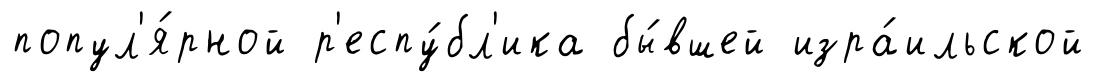
попул'я́рной р'еспу́бл'ика бы́вшей изра́ильской